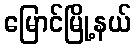
မြောင်မြို့နယ်